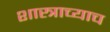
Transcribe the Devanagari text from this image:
शास्त्राच्याच